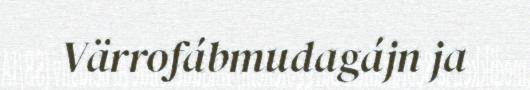
Värrofábmudagájn ja